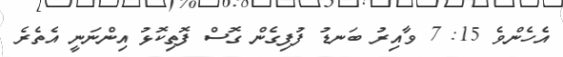
އެހެންވެ 15: 7 ވާއިރު ބަނޑު ފުފިގެން ގޮސް ފޮތިކޮޅު އިންނަނީ އެތެރެ